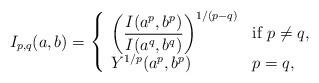
LaTeX: \begin{align*}I_{p,q}(a,b)=\left\{ \begin{array}{ll}\left( {\dfrac{I(a^{p},b^{p})}{I(a^{q},b^{q})}}\right) ^{1/(p-q)} & \text{if }p\neq q, \\ Y^{1/p}(a^{p},b^{p}) & {p=q,}\end{array}\right. \end{align*}